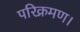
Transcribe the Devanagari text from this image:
परिक्रमण।